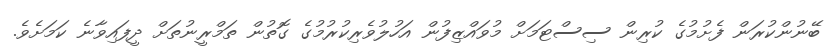
ބޭނުންކުރަން ފެށުމުގެ ކުރިން ސިސްޓަމަށް މުވައްޒިފުން އަހުލުވެރިކުރުމުގެ ގޮތުން ތަމްރީނުތަށް ދީފައިވާނެ ކަމަށެވެ.